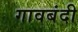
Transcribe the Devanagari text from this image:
गावबंदी